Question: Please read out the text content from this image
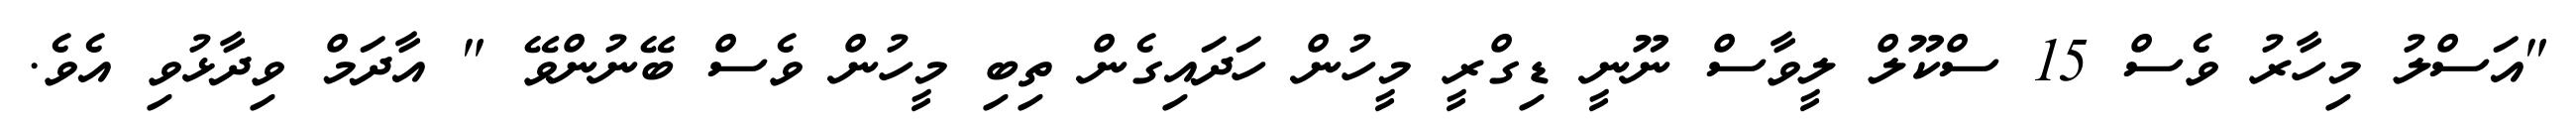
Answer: "އަސްލު މިހާރު ވެސް 15 ސްކޫލް ލީވާސް ނޫނީ ޑިގްރީ މީހުން ހަދައިގެން ތިބި މީހުން ވެސް ބޭނުންވޭ " އާދަމް ވިދާޅުވި އެވެ.